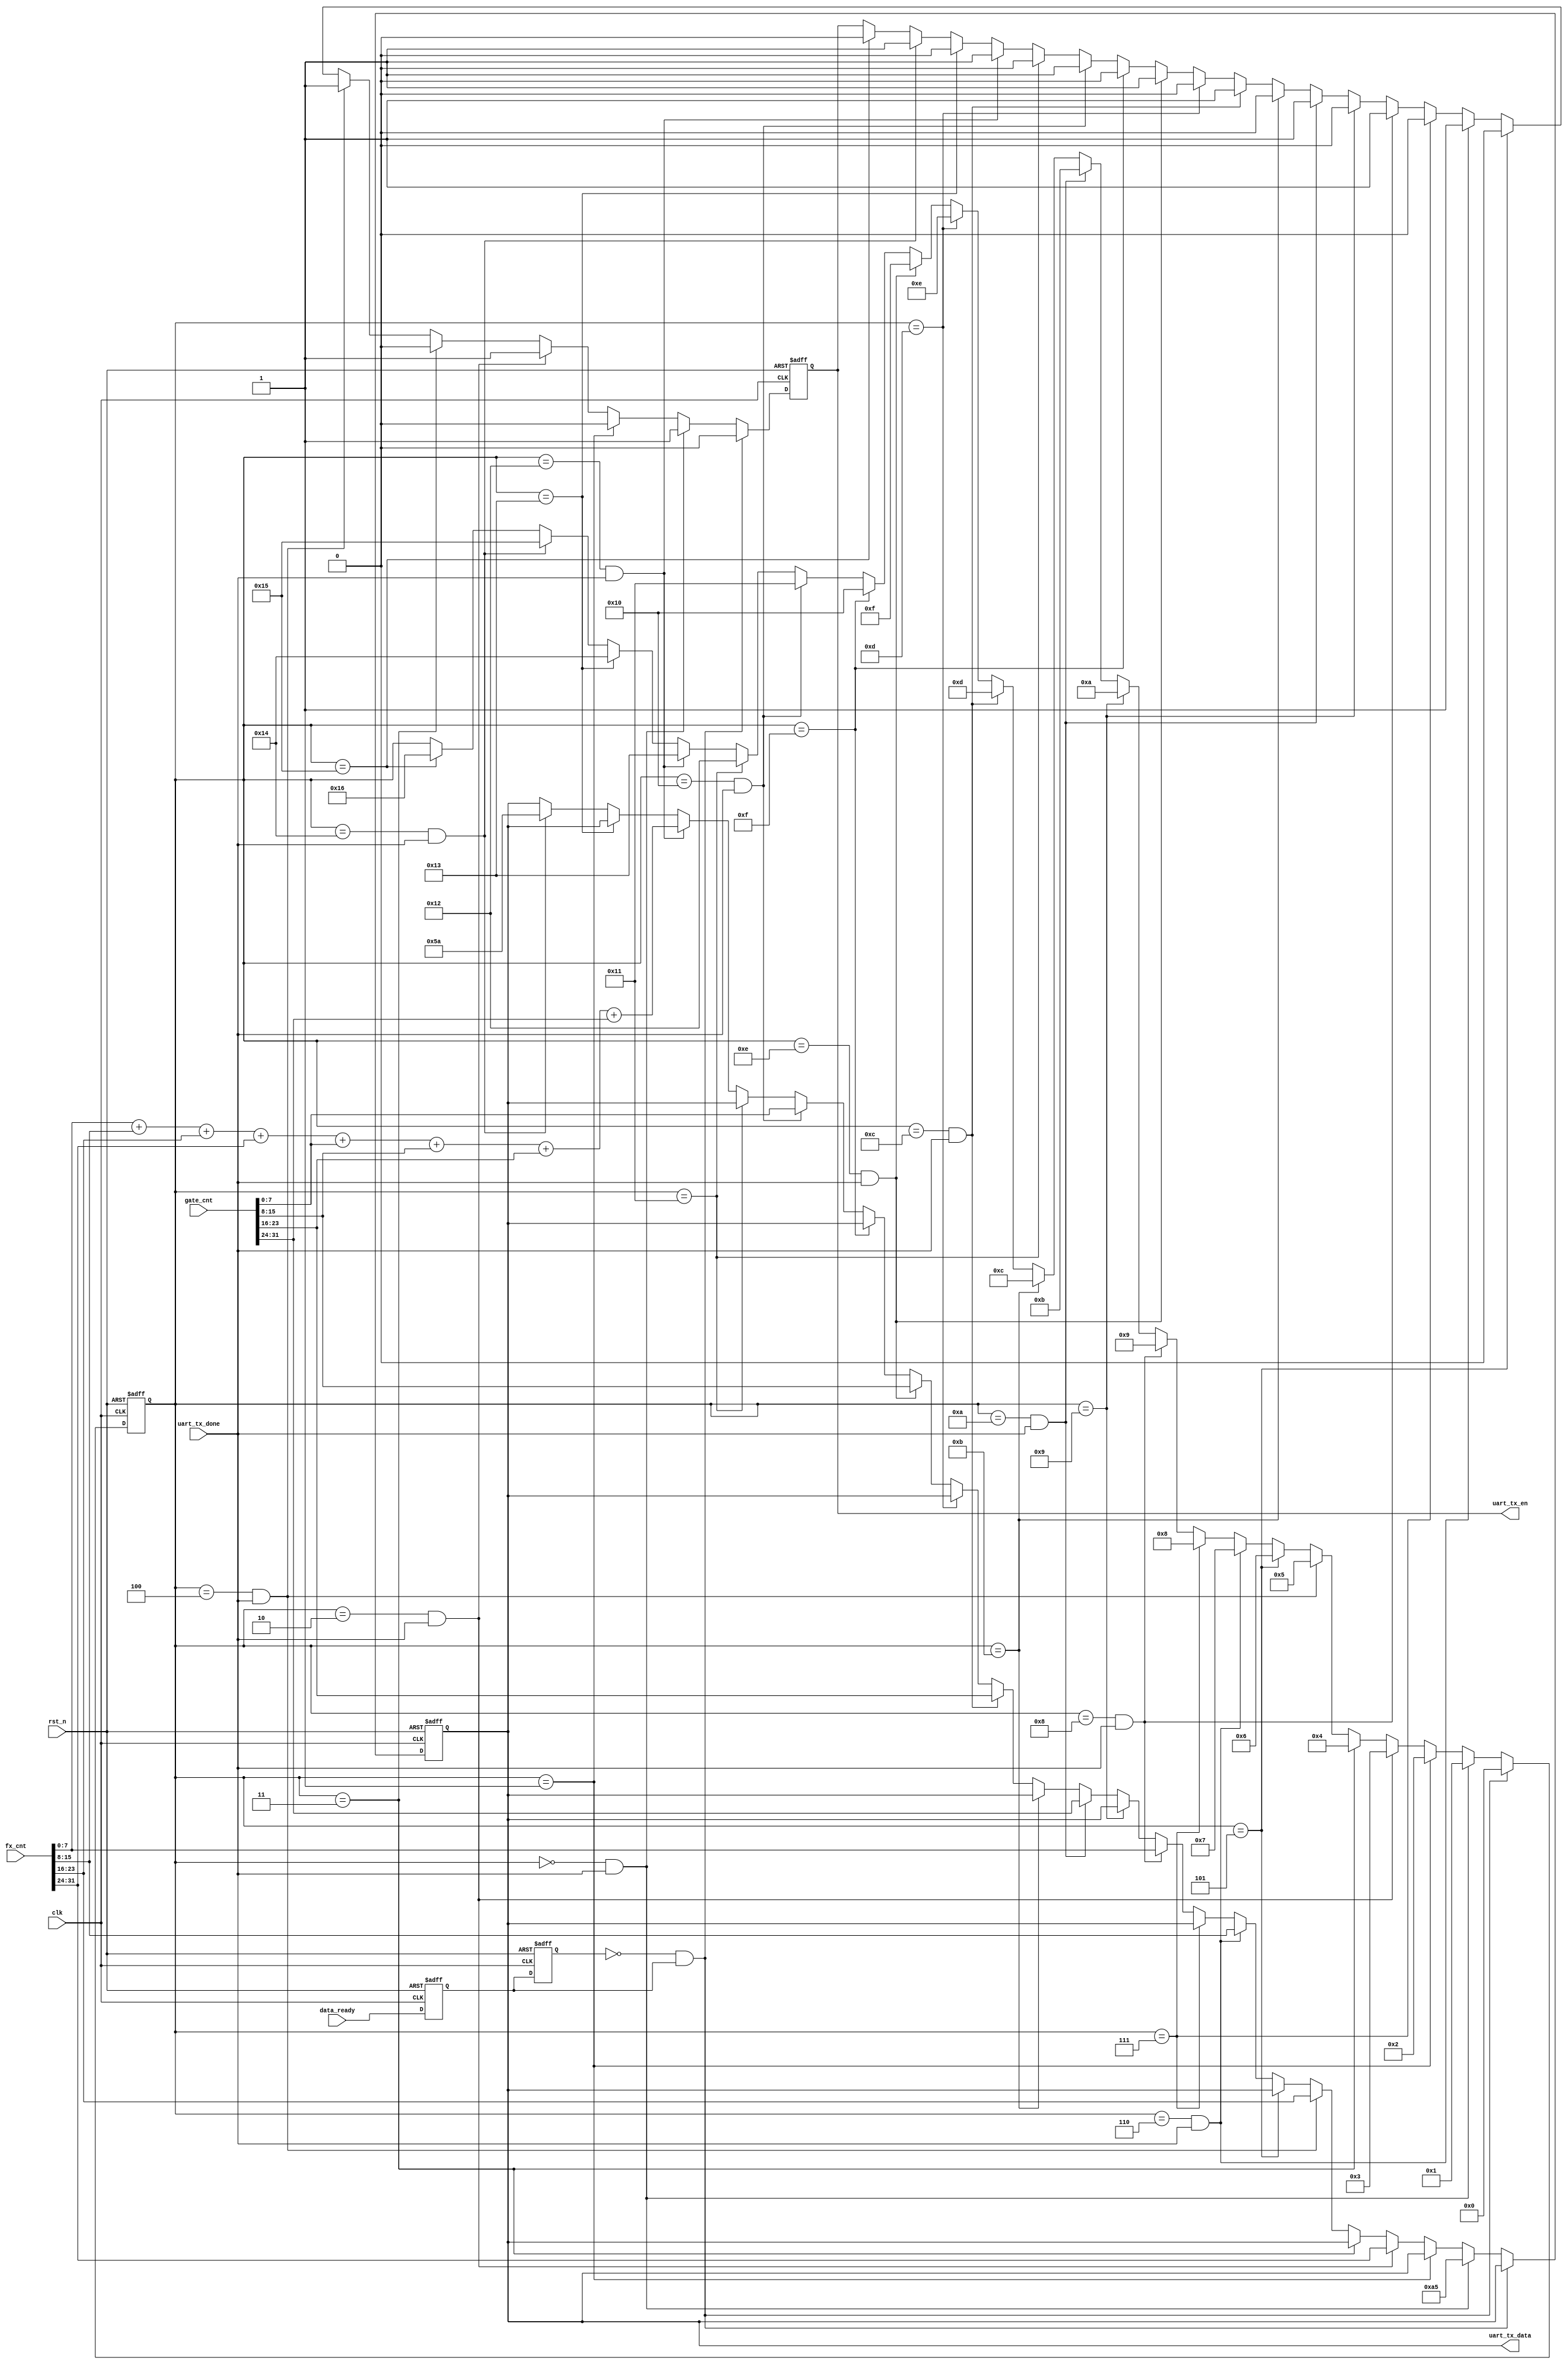
module data_send(
	input	clk,
	input	rst_n,
	
	input	[31:0]	fx_cnt, //
	input	[31:0]	gate_cnt, //
	input	data_ready, //EN
	
	input	uart_tx_done, //ENDIS
	output	reg [7:0]uart_tx_data, //8
	output 	reg uart_tx_en //
);

reg		data_ready_d0; //
reg		data_ready_d1; //
reg		[4:0]	send_state/* synthesis preserve*/; //
wire	pos_data_ready;

assign pos_data_ready = (~data_ready_d1) & data_ready_d0;  

//data_ready
always @(posedge clk or negedge rst_n) begin
	if(!rst_n) begin
		data_ready_d0 <= 0;
		data_ready_d1 <= 0;
	end
	else begin
		data_ready_d0 <= data_ready;
        data_ready_d1 <= data_ready_d0;
	end
end


always @(posedge clk or negedge rst_n) begin
	if(!rst_n) begin
		send_state <= 4'b0;
		uart_tx_en <= 0;
		uart_tx_data <= 8'h00;
	end
	else if(pos_data_ready) begin
		uart_tx_en <= 0;
		send_state <= 4'b0;
	end
	else if(send_state == 0 && uart_tx_done) begin	//
		uart_tx_en <= 1;
		uart_tx_data <= 8'ha5;
		send_state <= 1;
	end
	else if(send_state == 1) begin
		uart_tx_en <= 0;
		send_state <= 2;
	end
	else if(send_state == 2 && uart_tx_done) begin
		uart_tx_en <= 1;
		uart_tx_data <= fx_cnt[31:24];
		send_state <= 3;
	end
	else if(send_state == 3) begin
		uart_tx_en <= 0;
		send_state <= 4;
	end
	else if(send_state == 4 && uart_tx_done) begin
		uart_tx_en <= 1;
		uart_tx_data <= fx_cnt[23:16];
		send_state <= 5;
	end
	else if(send_state == 5) begin
		uart_tx_en <= 0;
		send_state <= 6;
	end
	else if(send_state == 6 && uart_tx_done) begin
		uart_tx_en <= 1;
		uart_tx_data <= fx_cnt[15:8];
		send_state <= 7;
	end
	else if(send_state == 7) begin
		uart_tx_en <= 0;
		send_state <= 8;
	end
	else if(send_state == 8 && uart_tx_done) begin
		uart_tx_en <= 1;
		uart_tx_data <= fx_cnt[7:0];
		send_state <= 9;
	end
	else if(send_state == 9) begin
		uart_tx_en <= 0;
		send_state <= 10;
	end
	else if(send_state == 10 && uart_tx_done) begin
		uart_tx_en <= 1;
		uart_tx_data <= gate_cnt[31:24];
		send_state <= 11;
	end
	else if(send_state == 11) begin
		uart_tx_en <= 0;
		send_state <= 12;
	end
	else if(send_state == 12 && uart_tx_done) begin
		uart_tx_en <= 1;
		uart_tx_data <= gate_cnt[23:16];
		send_state <= 13;
	end
	else if(send_state == 13) begin
		uart_tx_en <= 0;
		send_state <= 14;
	end
	else if(send_state == 14 && uart_tx_done) begin
		uart_tx_en <= 1;
		uart_tx_data <= gate_cnt[15:8];
		send_state <= 15;
	end
	else if(send_state == 15) begin
		uart_tx_en <= 0;
		send_state <= 16;
	end
	else if(send_state == 16 && uart_tx_done) begin
		uart_tx_en <= 1;
		uart_tx_data <= gate_cnt[7:0];
		send_state <= 17;
	end
	else if(send_state == 17) begin
		uart_tx_en <= 0;
		send_state <= 18;
	end
	else if(send_state == 18 && uart_tx_done) begin	//
		uart_tx_en <= 1;
		uart_tx_data <= fx_cnt[7:0] + fx_cnt[15:8] + fx_cnt[23:16] + fx_cnt[31:24] + gate_cnt[7:0] + gate_cnt[15:8] + gate_cnt[23:16] + gate_cnt[31:24];
		send_state <= 19;
	end
	else if(send_state == 19) begin
		uart_tx_en <= 0;
		send_state <= 20;
	end
	else if(send_state == 20 && uart_tx_done) begin	//
		uart_tx_en <= 1;
		uart_tx_data <= 8'h5a;
		send_state <= 21;
	end
	else if(send_state == 21) begin
		uart_tx_en <= 0;
		send_state <= 22;
	end
end

endmodule